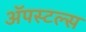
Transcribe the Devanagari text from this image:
ॲपस्टल्स